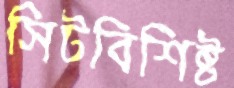
সিটবিশিষ্ট